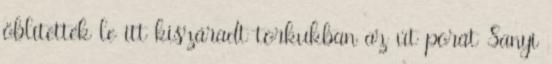
öblítették le itt kiszáradt tor­kukban az út porát Sanyi